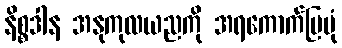
နိစ္စဒါန အနုကုလယညကို အရကောက်ပြပုံ